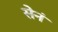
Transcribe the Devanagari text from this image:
सेनं